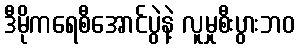
ဒီမိုကရေစီအောင်ပွဲနဲ့ လူမှုစီးပွားဘဝ